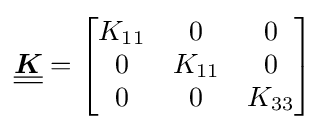
{\underline {\underline {\boldsymbol {K}}}}={\begin{bmatrix}K_{11}&0&0\\0&K_{11}&0\\0&0&K_{33}\end{bmatrix}}